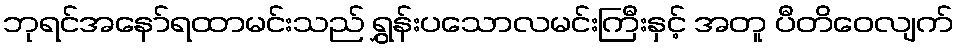
ဘုရင်အနော်ရထာမင်းသည် ရွှန်းပသောလမင်းကြီးနှင့် အတူ ပီတိဝေလျက်